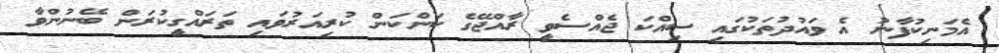
އެމަނިކުފާނު އެ ވައުދުތަކުގައި ސިއްކަ ޖެއްސެވީ ރާއްޖޭގެ ކަންކަން ކުރިއަރުވައި ތަރައްގީކުރަން ބޭނުންވާ